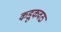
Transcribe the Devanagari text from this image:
कडूकवठ